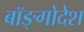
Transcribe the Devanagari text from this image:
बॉङ्गोदेश